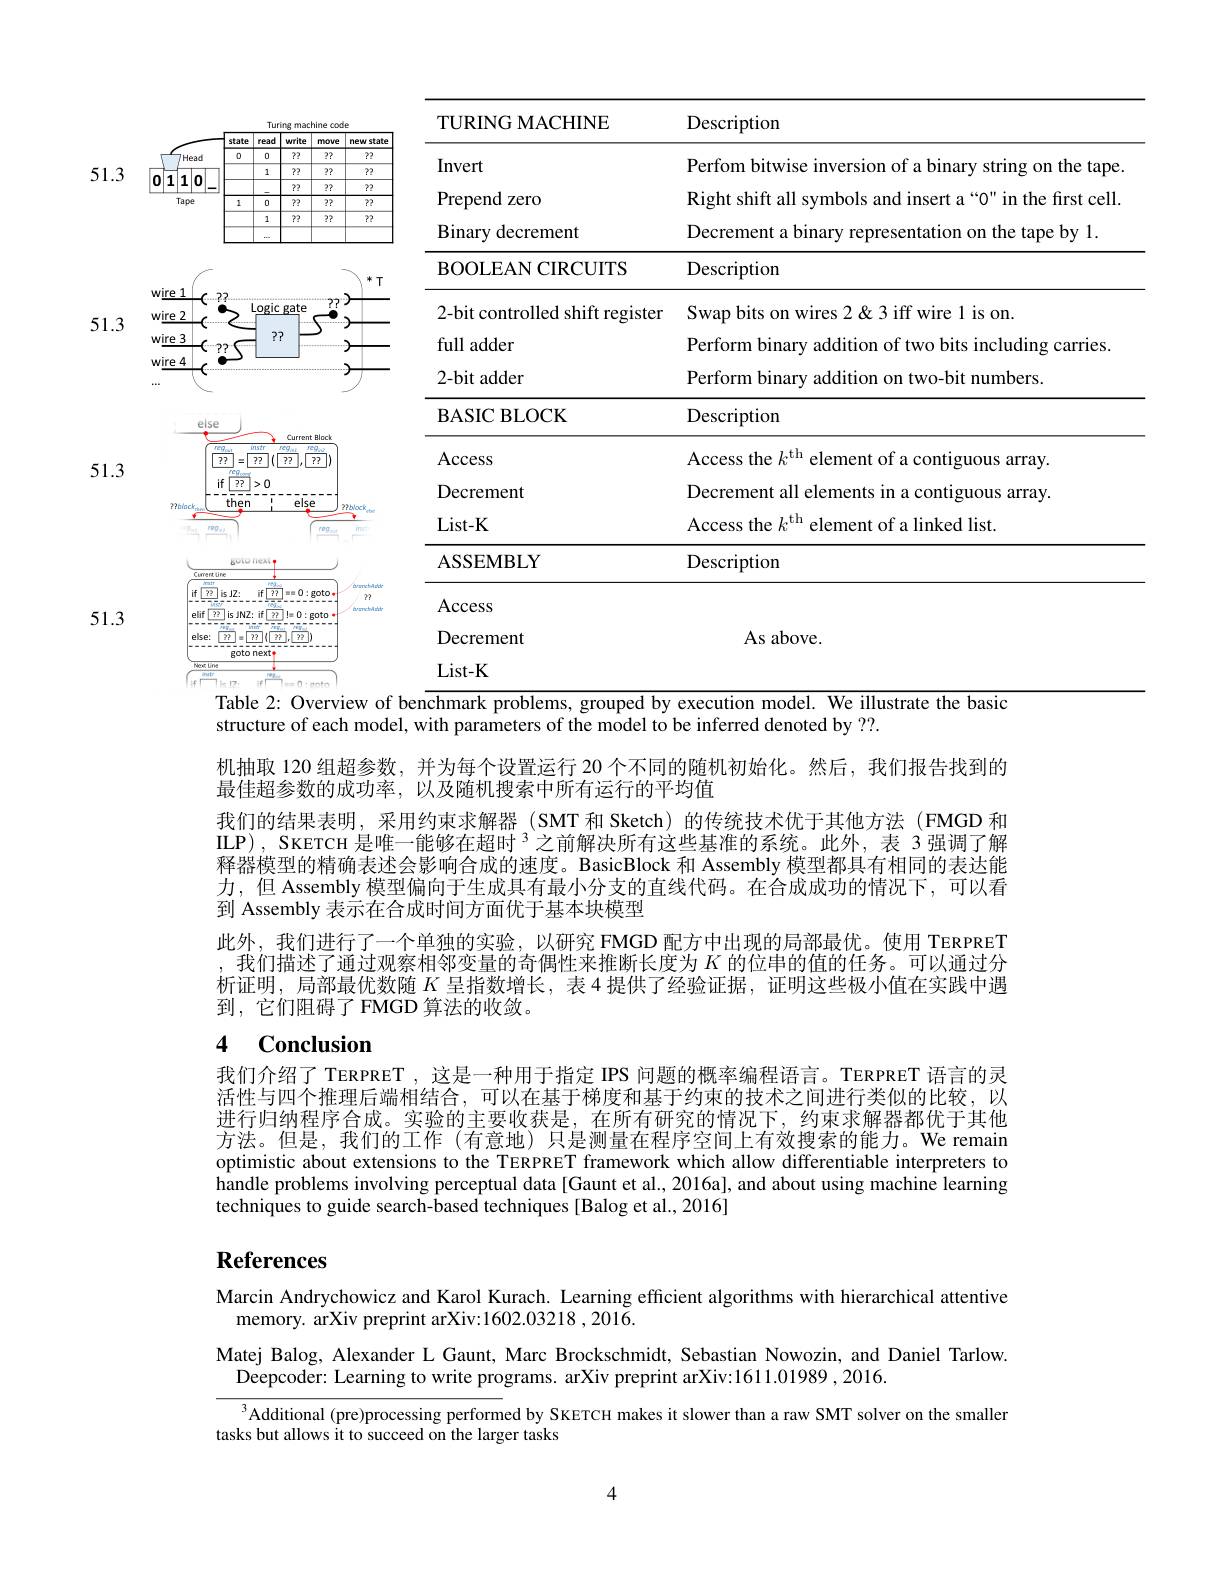
51.3

<FigureHere>

51.351.3
Table 2: Overview of ben$\overline{\text{chmark problems, grouped by execution model. We illustrate the basic}}$

structure of each model, with parameters of the model to be inferred denoted by ??.

机抽取 120 组超参数，并为每个设置运行 20 个不同的随机初始化。然后，我们报告找到的
最佳超参数的成功率，以及随机搜索中所有运行的平均值
我们的结果表明，采用约束求解器(SMT 和 Sketch) 的传统技术优于其他方法(FMGD 和ILP), SKETCH 是唯一能够在超时$^{3}$之前解决所有这些基准的系统。此外，表 3强调了解释器模型的精确表述会影响合成的速度。BasicBlock 和 Assembly 模型都具有相同的表达能力，但 Assembly 模型偏向于生成具有最小分支的直线代码。在合成成功的情况下，可以看到 Assembly 表示在合成时间方面优于基本块模型
此外，我们进行了一个单独的实验，以研究 FMGD 配方中出现的局部最优。使用 TERPRET 我们描述了通过观察相邻变量的奇偶性来推断长度为$K$的位串的值的任务。可以通过分析证明，局部最优数随$K$呈指数增长，表 4 提供了经验证据，证明这些极小值在实践中遇到，它们阻碍了FMGD 算法的收敛。

### 4 $\mathbf{Conclusion}$

我们介绍了 TERPRET , 这是一种用于指定 IPS 问题的概率编程语言。TERPRET 语言的灵活性与四个推理后端相结合，可以在基于梯度和基于约束的技术之间进行类似的比较，以进行归纳程序合成。实验的主要收获是，在所有研究的情况下，约束求解器都优于其他方法。但是，我们的工作 (有意地) 只是测量在程序空间上有效搜索的能力。We remain optimistic about extensions to the TERPRET framework which allow differentiable interpreters to handle problems involving perceptual data [Gaunt et al., 2016a], and about using machine learning techniques to guide search-based techniques [Balog et al., 2016]

# References

Marcin Andrychowicz and Karol Kurach. Learning efficient algorithms with hierarchical attentive
memory. arXiv preprint arXiv:1602.03218 ,2016.

Matej Balog, Alexander L Gaunt, Marc Brockschmidt, Sebastian Nowozin, and Daniel Tarlow.
Deepcoder: Learning to write programs. arXiv preprint arXiv:1611.01989 ,2016.
$^{3}$Additional (pre)processing performed by SKETCH makes it slower than a raw SMT solver on the smallen

tasks but allows it to succeed on the larger tasks

4